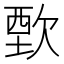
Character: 歅